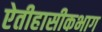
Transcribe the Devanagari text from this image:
ऐतीहासीकभाग